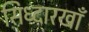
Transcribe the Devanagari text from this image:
सिध्दारखाँ